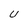
Character: U